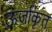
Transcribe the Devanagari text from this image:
ऊर्जाकृत